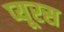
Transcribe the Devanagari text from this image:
प्यूरस